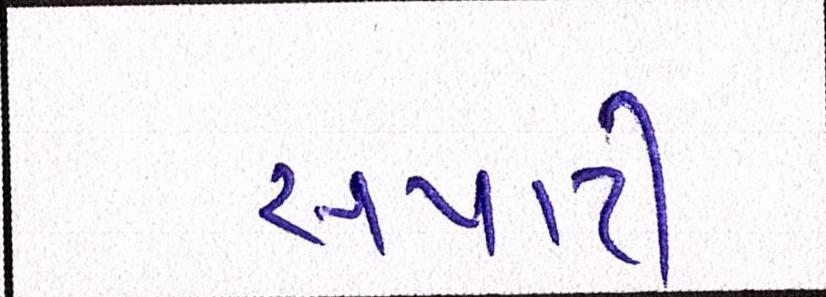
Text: સપાટી